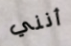
أنني